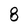
Character: 8